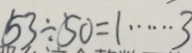
5 3 \div 5 0 = 1 \cdots 3